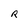
Character: R